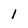
Character: l